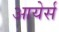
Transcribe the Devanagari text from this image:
आयेर्स